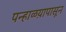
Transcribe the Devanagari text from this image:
पन्हाळय़ापासून